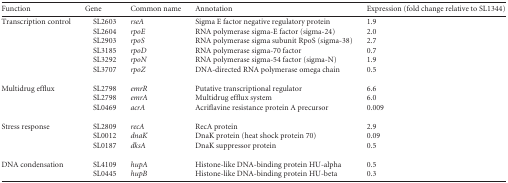
<table><thead><tr><td><b>Function</b></td><td><b>Gene</b></td><td><b>Common name</b></td><td><b>Annotation</b></td><td><b>Expression (fold change relative to SL1344)</b></td></tr></thead><tbody><tr><td>Transcription control</td><td> SL2603</td><td><i>rseA</i></td><td>Sigma E factor negative regulatory protein</td><td>1.9</td></tr><tr><td>[EMPTY_CELL]</td><td> SL2604</td><td><i>rpoE</i></td><td>RNA polymerase sigma-E factor (sigma-24)</td><td>2.0</td></tr><tr><td>[EMPTY_CELL]</td><td> SL2903</td><td><i>rpoS</i></td><td>RNA polymerase sigma subunit RpoS (sigma-38)</td><td>2.7</td></tr><tr><td>[EMPTY_CELL]</td><td> SL3185</td><td><i>rpoD</i></td><td>RNA polymerase sigma-70 factor</td><td>0.7</td></tr><tr><td>[EMPTY_CELL]</td><td> SL3292</td><td><i>rpoN</i></td><td>RNA polymerase sigma-54 factor (sigma-N)</td><td>1.9</td></tr><tr><td>[EMPTY_CELL]</td><td> SL3707</td><td><i>rpoZ</i></td><td>DNA-directed RNA polymerase omega chain</td><td>0.5</td></tr><tr><td>Multidrug efflux</td><td> SL2798</td><td><i>emrR</i></td><td>Putative transcriptional regulator</td><td>6.6</td></tr><tr><td>[EMPTY_CELL]</td><td> SL2798</td><td><i>emrA</i></td><td>Multidrug efflux system</td><td>6.0</td></tr><tr><td>[EMPTY_CELL]</td><td> SL0469</td><td><i>acrA</i></td><td>Acriflavine resistance protein A precursor</td><td>0.009</td></tr><tr><td>Stress response</td><td> SL2809</td><td><i>recA</i></td><td>RecA protein</td><td>2.9</td></tr><tr><td>[EMPTY_CELL]</td><td> SL0012</td><td><i>dnaK</i></td><td>DnaK protein (heat shock protein 70)</td><td>0.09</td></tr><tr><td>[EMPTY_CELL]</td><td> SL0187</td><td><i>dksA</i></td><td>DnaK suppressor protein</td><td>0.5</td></tr><tr><td>DNA condensation</td><td> SL4109</td><td><i>hupA</i></td><td>Histone-like DNA-binding protein HU-alpha</td><td>0.5</td></tr><tr><td>[EMPTY_CELL]</td><td> SL0445</td><td><i>hupB</i></td><td>Histone-like DNA-binding protein HU-beta</td><td>0.3</td></tr></tbody></table>